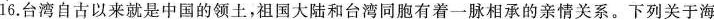
16.台湾自古以来就是中国的领土，祖国大陆和台湾同胞有着一脉相承的亲情关系。下列关于海